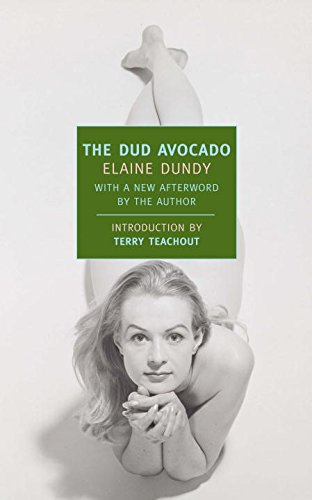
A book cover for The Dud Avocado (New York Review Books Classics); Elaine Dundy; Literature & Fiction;